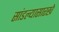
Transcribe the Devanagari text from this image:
सांडल्यासारखे